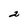
Character: 2